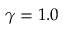
\gamma = 1 . 0